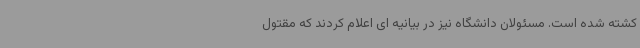
کشته شده است. مسئولان دانشگاه نیز در بیانیه ای اعلام کردند که مقتول